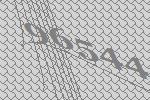
96544